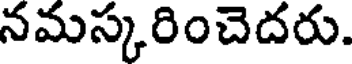
నమస్కరించెదరు.